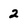
Character: 2